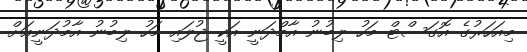
މިއަހަރުގެ އޮގަސްޓް މަހު ލިބުނު އާމްދަނީ އަކީ ޖުލައި މަހު ލިބުނު އާމުދަނީއަށް